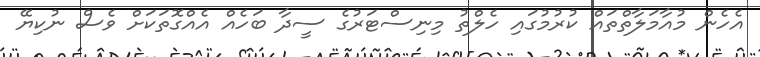
އެހެން މުއާމަލާތްތައް ކުރުމުގައި ހެލްތު މިނިސްޓަރުގެ ސީދާ ބަހެއް އެއްގޮތަކަށް ވެސް ނުކިޔޭ